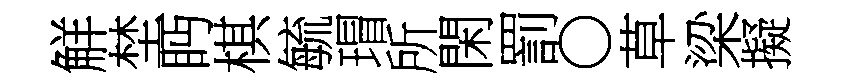
觧埜眄棋毓瑁所閑罰〇草梁擬